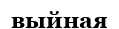
выйная